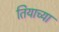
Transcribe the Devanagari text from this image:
तियाच्या